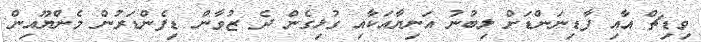
ވިޑިޗް އާއި ފާޑިނަންޑަށް ލިބުނު އަނިޔާއަކާއި ގުޅިގެން ދެ ޒުވާން ޑިފެންޑަރުން މެންޔޫއިން